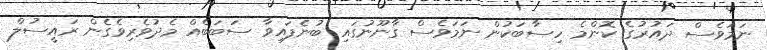
ނަމަވެސް ދައުރުގެ ކޮންމެ ހިސާބަކުން ނަމަވެސް ގާނޫނުގައި ބުނެފައިވާ ސަބަބެއް މެދުވެރިވެގެން ރައީސުލް